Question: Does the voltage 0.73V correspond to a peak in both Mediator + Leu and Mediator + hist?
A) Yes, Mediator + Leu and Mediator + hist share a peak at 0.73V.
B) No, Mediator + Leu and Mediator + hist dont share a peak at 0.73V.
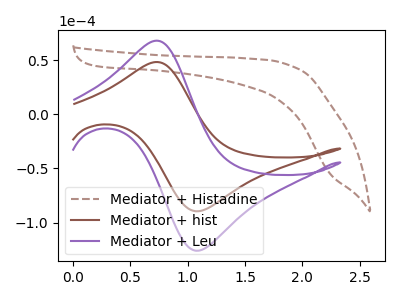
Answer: <think>The brown dashed curve "Mediator + Histadine" has no peaks. The brown curve "Mediator + hist" has an anodic peak at (0.75V, 48.40uA) and a cathodic peak at (1.10V, -89.50uA). The purple curve "Mediator + Leu" has an anodic peak at (0.75V, 68.15uA) and a cathodic peak at (1.10V, -125.95uA).</think>
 <answer>A) Yes, "Mediator + Leu" and "Mediator + hist" share a peak at 0.73V.</answer>
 <eval>A</eval>